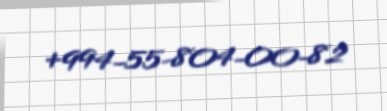
+994-55-804-00-82